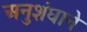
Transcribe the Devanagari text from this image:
अनुशंघाने